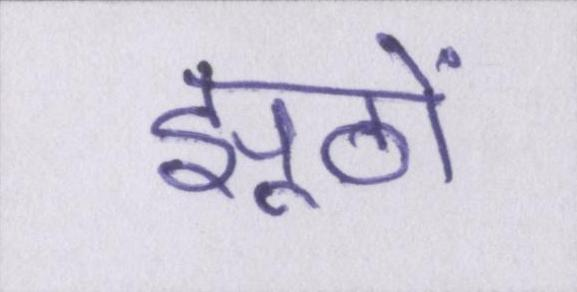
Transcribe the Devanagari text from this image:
झूठों